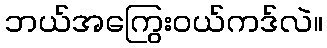
ဘယ်အကြွေးဝယ်ကဒ်လဲ။